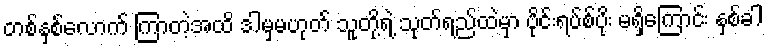
တစ်နှစ်လောက် ကြာတဲ့အထိ ဒါမှမဟုတ် သူတို့ရဲ့ သုတ်ရည်ထဲမှာ ဗိုင်းရပ်စ်ပိုး မရှိကြောင်း နှစ်ခါ